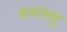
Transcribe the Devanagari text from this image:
वन्यपशु